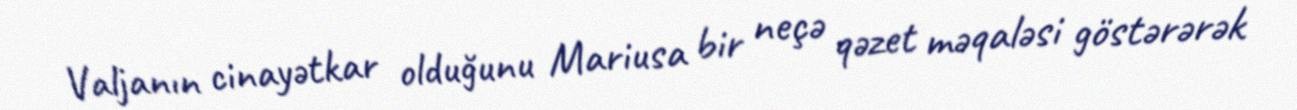
Valjanın cinayətkar olduğunu Mariusa bir neçə qəzet məqaləsi göstərərək